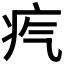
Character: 𤴸